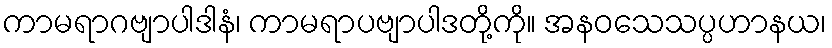
ကာမရာဂဗျာပါဒါနံ၊ ကာမရာပဗျာပါဒတို့ကို။ အနဝသေသပ္ပဟာနယ၊